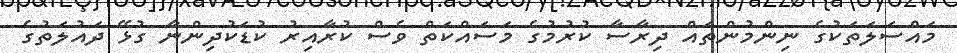
މައްސަލަތަކުގެ ނިންމުންތައް ދިރާސާ ކުރުމުގެ މަސައްކަތް ވެސް ކުރާއިރު ކުޑަކުދިންނާ ގުޅޭ ދައުލަތުގެ